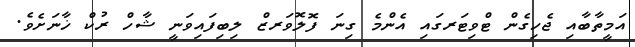
އަމީތާބާއި ޖެހިގެން ޓްވިޓަރގައި އެންމެ ގިނަ ފޮލޮވަރޒް ލިބިފައިވަނީ ޝާހް ރުކް ޚާނަށެވެ.